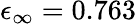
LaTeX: \epsilon_{\infty}=0.763